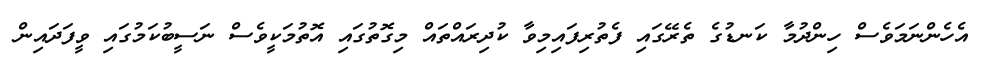
އެހެންނަމަވެސް ހިންދުމާ ކަނޑުގެ ތެރޭގައި ފެތުރިފައިމިވާ ކުދިރައްތައް މިގޮތުގައި އޮތުމަކީވެސް ނަސީބުކަމުގައި ވީފަދައިން